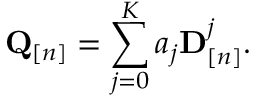
{ \mathbf Q } _ { [ n ] } = \sum _ { j = 0 } ^ { K } a _ { j } { \mathbf D } _ { [ n ] } ^ { j } .